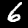
Digit: 6